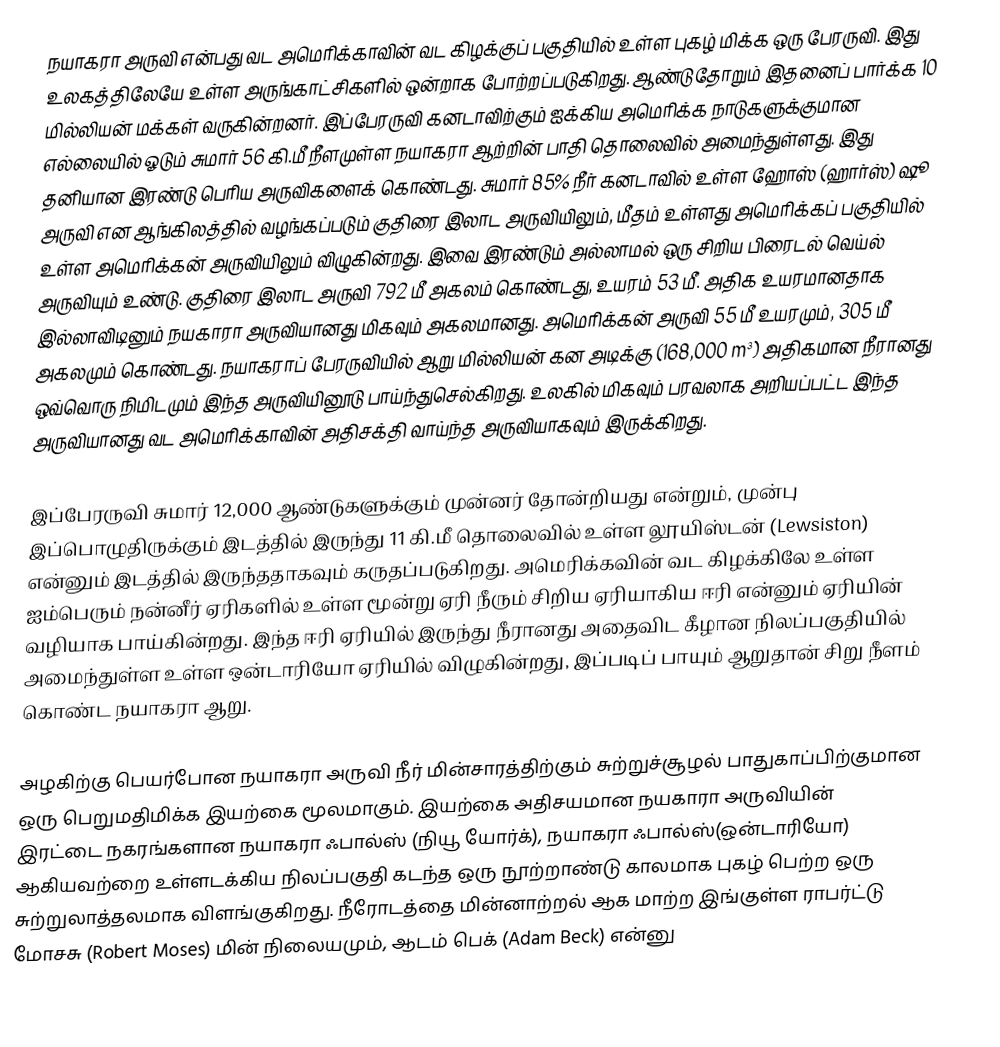
நயாகரா அருவி என்பது வட அமெரிக்காவின் வட கிழக்குப் பகுதியில் உள்ள புகழ் மிக்க ஒரு பேரருவி. இது உலகத்திலேயே உள்ள அருங்காட்சிகளில் ஒன்றாக போற்றப்படுகிறது. ஆண்டுதோறும் இதனைப் பார்க்க 10 மில்லியன் மக்கள் வருகின்றனர். இப்பேரருவி கனடாவிற்கும் ஐக்கிய அமெரிக்க நாடுகளுக்குமான எல்லையில் ஓடும் சுமார் 56 கி.மீ நீளமுள்ள நயாகரா ஆற்றின் பாதி தொலைவில் அமைந்துள்ளது. இது தனியான இரண்டு பெரிய அருவிகளைக் கொண்டது. சுமார் 85% நீர் கனடாவில் உள்ள ஹோஸ் (ஹார்ஸ்) ஷூ அருவி என ஆங்கிலத்தில் வழங்கப்படும் குதிரை இலாட அருவியிலும், மீதம் உள்ளது அமெரிக்கப் பகுதியில் உள்ள அமெரிக்கன் அருவியிலும் விழுகின்றது. இவை இரண்டும் அல்லாமல் ஒரு சிறிய பிரைடல் வெய்ல் அருவியும் உண்டு. குதிரை இலாட அருவி 792 மீ அகலம் கொண்டது, உயரம் 53 மீ. அதிக உயரமானதாக இல்லாவிடினும் நயகாரா அருவியானது மிகவும் அகலமானது. அமெரிக்கன் அருவி 55 மீ உயரமும், 305 மீ அகலமும் கொண்டது. நயாகராப் பேரருவியில் ஆறு மில்லியன் கன அடிக்கு (168,000 m³) அதிகமான நீரானது ஒவ்வொரு நிமிடமும் இந்த அருவியினூடு பாய்ந்துசெல்கிறது. உலகில் மிகவும் பரவலாக அறியப்பட்ட இந்த அருவியானது வட அமெரிக்காவின் அதிசக்தி வாய்ந்த அருவியாகவும் இருக்கிறது.

இப்பேரருவி சுமார் 12,000 ஆண்டுகளுக்கும் முன்னர் தோன்றியது என்றும், முன்பு இப்பொழுதிருக்கும் இடத்தில் இருந்து 11 கி.மீ தொலைவில் உள்ள லூயிஸ்டன் (Lewsiston) என்னும் இடத்தில் இருந்ததாகவும் கருதப்படுகிறது. அமெரிக்கவின் வட கிழக்கிலே உள்ள ஐம்பெரும் நன்னீர் ஏரிகளில் உள்ள மூன்று ஏரி நீரும் சிறிய ஏரியாகிய ஈரி என்னும் ஏரியின் வழியாக பாய்கின்றது. இந்த ஈரி ஏரியில் இருந்து நீரானது அதைவிட கீழான நிலப்பகுதியில் அமைந்துள்ள உள்ள ஒன்டாரியோ ஏரியில் விழுகின்றது, இப்படிப் பாயும் ஆறுதான் சிறு நீளம் கொண்ட நயாகரா ஆறு.

அழகிற்கு பெயர்போன நயாகரா அருவி நீர் மின்சாரத்திற்கும் சுற்றுச்சூழல் பாதுகாப்பிற்குமான ஒரு பெறுமதிமிக்க இயற்கை மூலமாகும். இயற்கை அதிசயமான நயகாரா அருவியின் இரட்டை நகரங்களான நயாகரா ஃபால்ஸ் (நியூ யோர்க்), நயாகரா ஃபால்ஸ்(ஒன்டாரியோ) ஆகியவற்றை உள்ளடக்கிய நிலப்பகுதி கடந்த ஒரு நூற்றாண்டு காலமாக புகழ் பெற்ற ஒரு சுற்றுலாத்தலமாக விளங்குகிறது. நீரோடத்தை மின்னாற்றல்  ஆக மாற்ற இங்குள்ள ராபர்ட்டு மோசசு (Robert Moses) மின் நிலையமும், ஆடம் பெக் (Adam Beck) என்னு